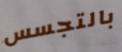
بالتجسس